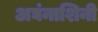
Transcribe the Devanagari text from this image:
अघंनाशिनी